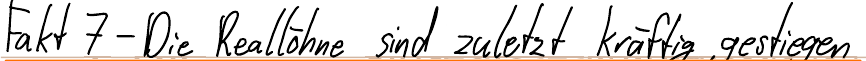
Fakt 7 - Die Reallöhne sind zuletzt kräftig gestiegen